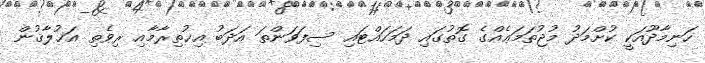
ހަނިމާދޫއަކީ ކުށްމަދު މުޖުތަމަޢެއްގެ ގޮތުގައި ދަމަހައްޓައި ސިފަވަންތަ އަދަބު އިޚުތިރާމާއި ރިވެތި އަޚުލާޤުން